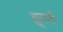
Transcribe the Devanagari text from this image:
ह्यूमनी